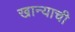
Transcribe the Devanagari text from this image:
खान्याची